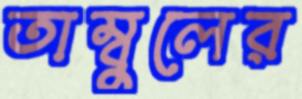
তাম্বুলের